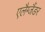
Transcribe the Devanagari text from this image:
एलैग्जैंडर